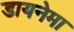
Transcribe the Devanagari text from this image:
डायनेमा